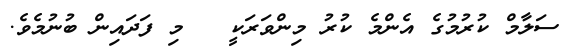
ސަލާމް ކުރުމުގެ އެންމެ ކުރު މިންވަރަކީ   މި ފަދައިން ބުނުމެވެ.